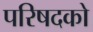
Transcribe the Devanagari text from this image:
परिषदको